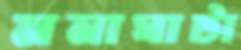
মনাঘাটা